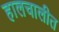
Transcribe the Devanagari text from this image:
हालचालीत